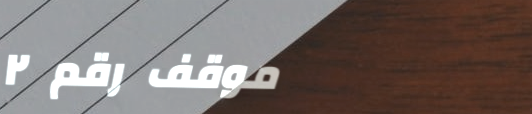
موقف رقم ٢